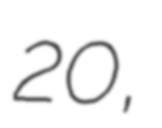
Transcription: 20,